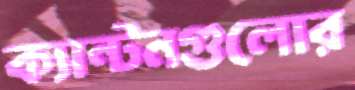
ক্যান্টনগুলোর